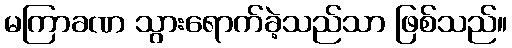
မကြာခဏ သွားရောက်ခဲ့သည်သာ ဖြစ်သည်။